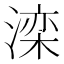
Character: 滦